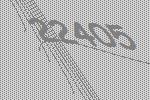
22405